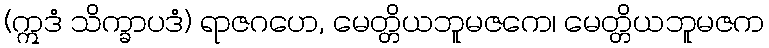
(ဣဒံ သိက္ခာပဒံ) ရာဇဂဟေ, မေတ္တိယဘူမဇကေ၊ မေတ္တိယဘူမဇက